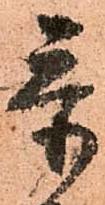
忝